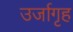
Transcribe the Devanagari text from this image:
उर्जागृह